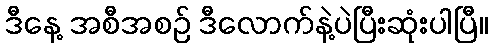
ဒီနေ့ အစီအစဉ် ဒီလောက်နဲ့ပဲပြီးဆုံးပါပြီ။